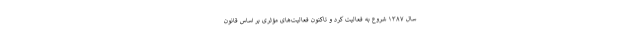
سال ۱۳۸۷ شروع به فعالیت کرد و تاکنون فعالیت‌های مؤثری بر اساس قانون